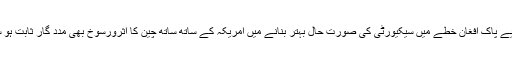
اور اس لیے پاک افغان خطے میں سیکیورٹی کی صورت حال بہتر بنانے میں امریکہ کے ساتھ ساتھ چین کا اثرورسوخ بھی مدد گار ثابت ہو سکتا ہے۔